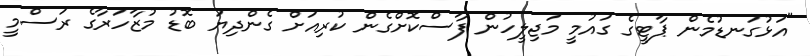
"އަޅުގަނޑުމެން ޕާޓީގެ ގައުމީ މަޖިލީހުން ފާސްކޮށްގެން ކުރިއަށް ގެންދިޔަ ބޮޑު މުޒާހަރާގެ ރަސްމީ